Indian journal of veterinary science and animal husbandry - Volume 3,
Year: 1933
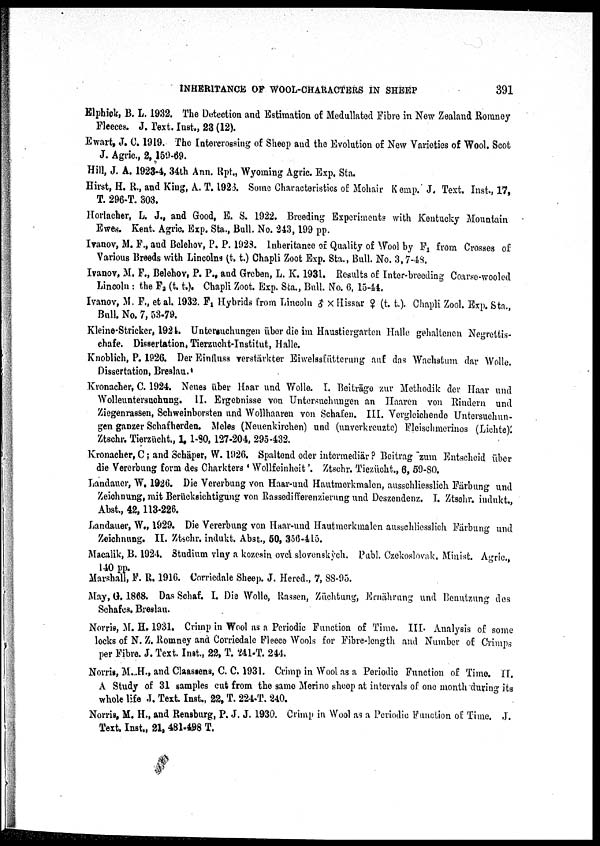
INHERITANCE OF WOOL-CHARACTERS IN SHEEP
391
Elphick, B. L. 1932. The Detection and Estimation of Medullated Fibre in New Zealand Romney
Fleeces. J. Text. Inst., 23 (12).
Ewart, J. C.1919. The Intercrossing of Sheep and the Evolution of New Varieties of Wool. Scot
J. Agric., 2, 159-69.
Hill, J. A. 1923-4, 34th Ann. Rpt., Wyoming Agric. Exp. Sta.
Hirst, H. R., and King, A. T. 1926. Some Characteristics of Mohair Kemp. J. Text. Inst., 17,
T. 296-T. 303.
Horlacher, L. J., and Good, E. S. 1922. Breeding Experiments with Kentucky Mountain
Ewes. Kent. Agric. Exp. Sta., Bull. No. 243,199 pp.
Ivanov, M. F., and Belehov, P. P. 1923. Inheritance of Quality of Wool by F 1 from Crosses of
Various Breeds with Lincolns (t. t.) Chapli Zoot Exp. Sta., Bull. No. 3,7-48.
Ivanov, M. F., Belehov, P. P., and Greben, L. K. 1931. Results of Inter-breeding Coarse-wooled
Lincoln : the F 2 (t. t.). Chapli Zoot. Exp. Sta., Bull. No. 6, 15-44.
Ivanov, M. F., etal. 1932. F 1 Hybrids from Lincoln ♂ × Hissar ♀ (t. t.). Chapli Zool. Exp. Sta.,
Bull. No. 7, 53-79.
Kleine-Stricker, 1924. Untersuchungen über die im Haustiergarten Halle gehaltenen Negrettis-
chafe. Dissertation, Tierzucht-Institut, Halle.
Knoblich, P. 1926. Der Einfluss verstärkter Eiwelssfütterung auf das Wachstum dar Wolle.
Dissertation, Breslau.
Kronacher, C. 1924. Neues über Haar und Wolle. I. Beiträge zur Methodik der Haar und
Wolleuntersuchung. II. Ergebnisse von Untersuchungen an Haaren von Rindern und
Ziegenrassen, Schweinborsten und Wollhaaren von Schafen. III. Vergleichende Untersuchun
gen ganzer Schafherden. Meles (Neuenkirchen) und (unverkreuzte) Fleischmerinos (Lichte).
Ztschr. Tierzücht., 1, 1-80, 127-204, 295-432.
Kronacher, C; and Schäper, W. 1926. Spaltend oder iutermediär ? Beitrag zum Entscheid über
die Vererbung form des Charkters ' Wollfeinheit '. Ztschr. Tiezücht., 6, 59-80.
Landauer, W. 1926. Die Vererbung von Haar-und Hautmerkmalen, ausschliesslich Färbung und
Zeichnung, mit Berücksiehtigung von Rassedifferenzierung und Deszendenz. I. Ztschr. indukt.,
Abst., 42,113-226.
Landauer, W., 1929. Die Vererbung von Haar-und Hautmerkmalen ausschliesslich Fürbung und
Zeichnung. II. Ztschr. indukt. Abst., 50, 356-415.
Macalik, B. 1924. Studium vlny a kozesin ovel slovenskych. Publ. Czekoslovak. Minist. Agric.,
140 pp.
Marshall, F. R. 1916. Corriedale Sheep. J. Hered., 7, 88-95.
May, G. 1868. Das Schaf. I. Die Wolle, Rassen, Züchtung, Ernährung und Benutzung des
Schafes. Breslau.
Norris, M. H. 1931. Crimp in Wool as a Periodic Function of Time. III. Analysis of some
locks of N. Z. Romney and Corriedale Fleece Wools for Fibre-length and Number of Crimps
per Fibre. J. Text. Inst., 22, T. 241-T. 244.
Norris, M.H., and Claassens, C. C. 1931. Crimp in Wool as a Periodic Function of Time. II.
A Study of 31 samples cut from the same Merino sheep at intervals of one month during its
whole life J. Text. Inst., 22, T. 224-T. 240.
Norris, M. H., and Rensburg, P. J. J. 1930. Crimp in Wool as a Periodic Function of Time. J.
Text. Inst., 21, 481-498 T.